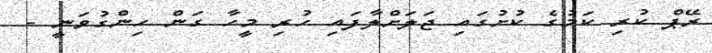
ރޭޕް ކުރި ކަމުގެ ކުށުގައި ޖަލަށްލާފައި ހުރި މީހާ ގަން ހިންގުވަނީ -